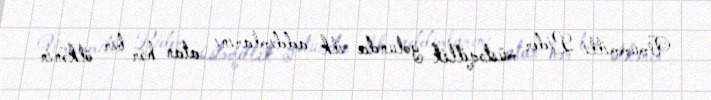
Ümummilli Lider müstəqillik yolunda ilk addımlarını atan hər bir ölkənin